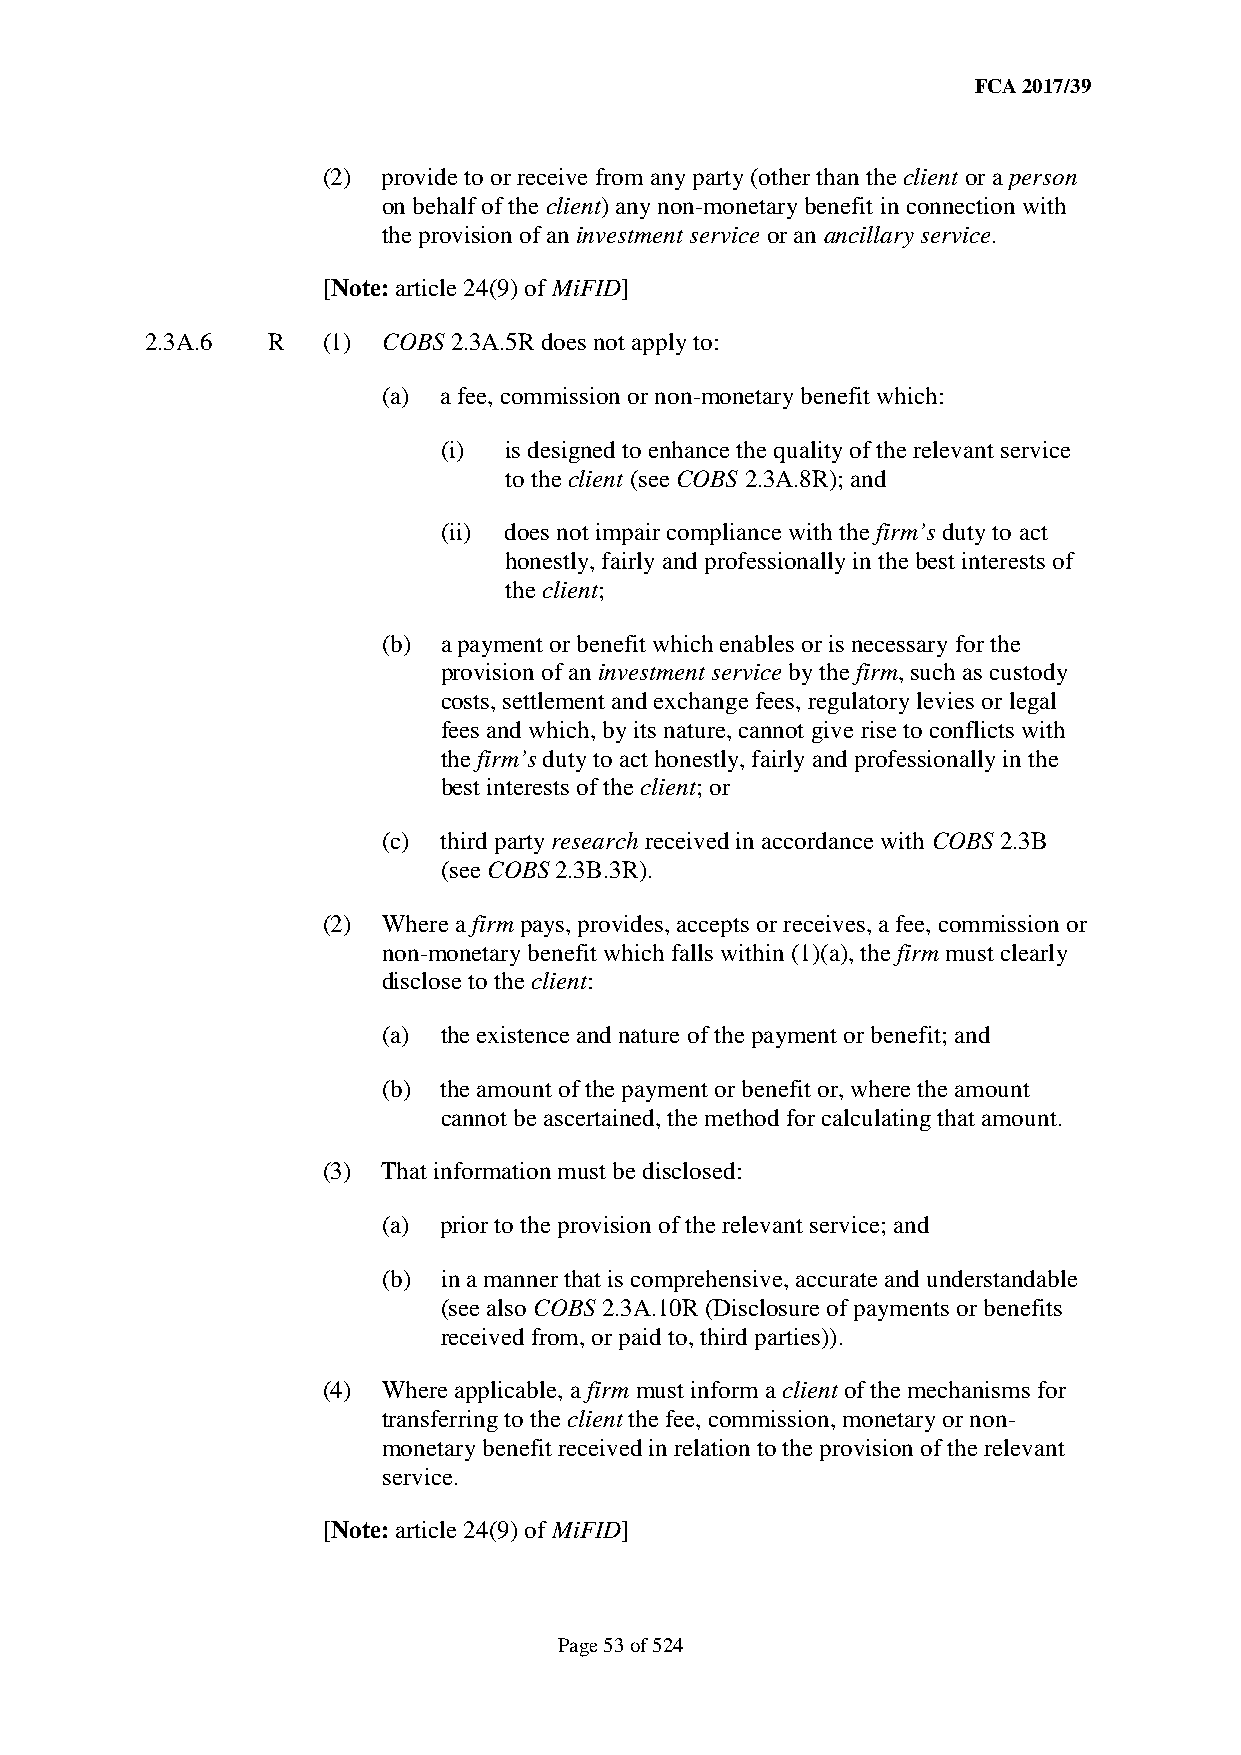
FCA 2017/39
 (2) provide to or receive from any party (other than the client or a person
 on behalf of the client) any non-monetary benefit in connection with
 the provision of an investment service or an ancillary service.
 [Note: article 24(9) of MiFID]
 2.3A.6  R  (1) COBS 2.3A.5R does not apply to:
 (a) a fee, commission or non-monetary benefit which:
 (i) is designed to enhance the quality of the relevant service
 to the client (see COBS 2.3A.8R); and
 (ii) does not impair compliance with the firm’s duty to act
 honestly, fairly and professionally in the best interests of
 the client;
 (b) a payment or benefit which enables or is necessary for the
 provision of an investment service by the firm, such as custody
 costs, settlement and exchange fees, regulatory levies or legal
 fees and which, by its nature, cannot give rise to conflicts with
 the firm’s duty to act honestly, fairly and professionally in the
 best interests of the client; or
 (c) third party research received in accordance with COBS 2.3B
 (see COBS 2.3B.3R).
 (2) Where a firm pays, provides, accepts or receives, a fee, commission or
 non-monetary benefit which falls within (1)(a), the firm must clearly
 disclose to the client:
 (a) the existence and nature of the payment or benefit; and
 (b) the amount of the payment or benefit or, where the amount
 cannot be ascertained, the method for calculating that amount.
 (3) That information must be disclosed:
 (a) prior to the provision of the relevant service; and
 (b) in a manner that is comprehensive, accurate and understandable
 (see also COBS 2.3A.10R (Disclosure of payments or benefits
 received from, or paid to, third parties)).
 (4) Where applicable, a firm must inform a client of the mechanisms for
 transferring to the client the fee, commission, monetary or non-
 monetary benefit received in relation to the provision of the relevant
 service.
 [Note: article 24(9) of MiFID]
 Page 53 of 524